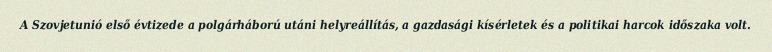
A Szovjetunió első évtizede a polgárháború utáni helyreállítás, a gazdasági kísérletek és a politikai harcok időszaka volt.